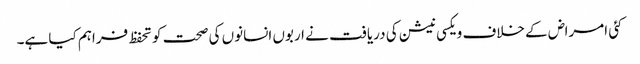
کئی امراض کے خلاف ویکسی نیشن کی دریافت نے اربوں انسانوں کی صحت کو تحفظ فراہم کیا ہے۔